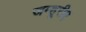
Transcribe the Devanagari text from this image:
जम्हूरीए